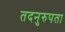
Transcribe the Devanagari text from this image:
तदनुरुपता